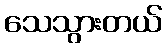
သေသွားတယ်